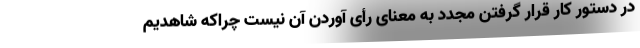
در دستور کار قرار گرفتن مجدد به معنای رأی آوردن آن نیست چراکه شاهدیم